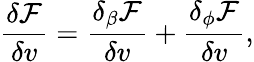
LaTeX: \frac{\delta\mathcal{F}}{\delta v}=\frac{\delta_{\beta}\mathcal{F}}{\delta v}+\frac{\delta_{\phi}\mathcal{F}}{\delta v},